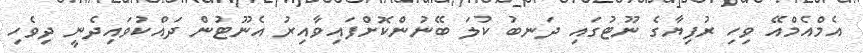
އެމްއެމްއޭ ވިހި ރުފިޔާގެ ނޫޓުގައި ދަނބު ކުލަ ބޭނުންކޮށްފައިވާއިރު އެނޫޓުން ދައްކުވައިދެނީ ދިވެހި